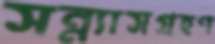
সন্ন্যাসগ্রহণ